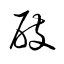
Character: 屐